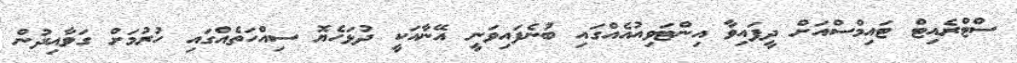
ސްޓްރެއިޓް ޓައިމްސްއަށް ދީފައިވާ އިންޓަވިއުއެއްގައި ބުނެފައިވަނީ އޭނާއަކީ ދުޅަހެޔޮ ސިއްހަތެއްގައި ހުރުމަށް ގަވާއިދުން